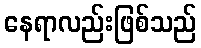
နေရာလည်းဖြစ်သည်